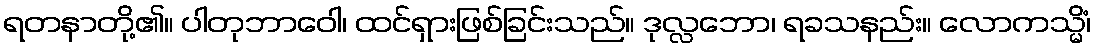
ရတနာတို့၏။ ပါတုဘာဝေါ၊ ထင်ရှားဖြစ်ခြင်းသည်။ ဒုလ္လဘော၊ ရခသနည်း။ လောကသ္မိံ၊